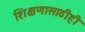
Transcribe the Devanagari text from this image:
शिक्षणासाठीही